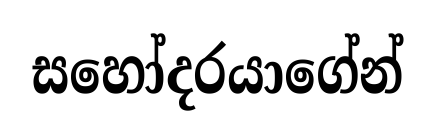
සහෝදරයාගේන්